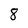
Character: 8